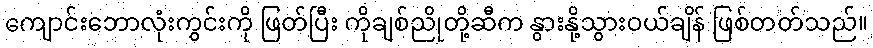
ကျောင်းဘောလုံးကွင်းကို ဖြတ်ပြီး ကိုချစ်ညိုတို့ဆီက နွားနို့သွားဝယ်ချိန် ဖြစ်တတ်သည်။